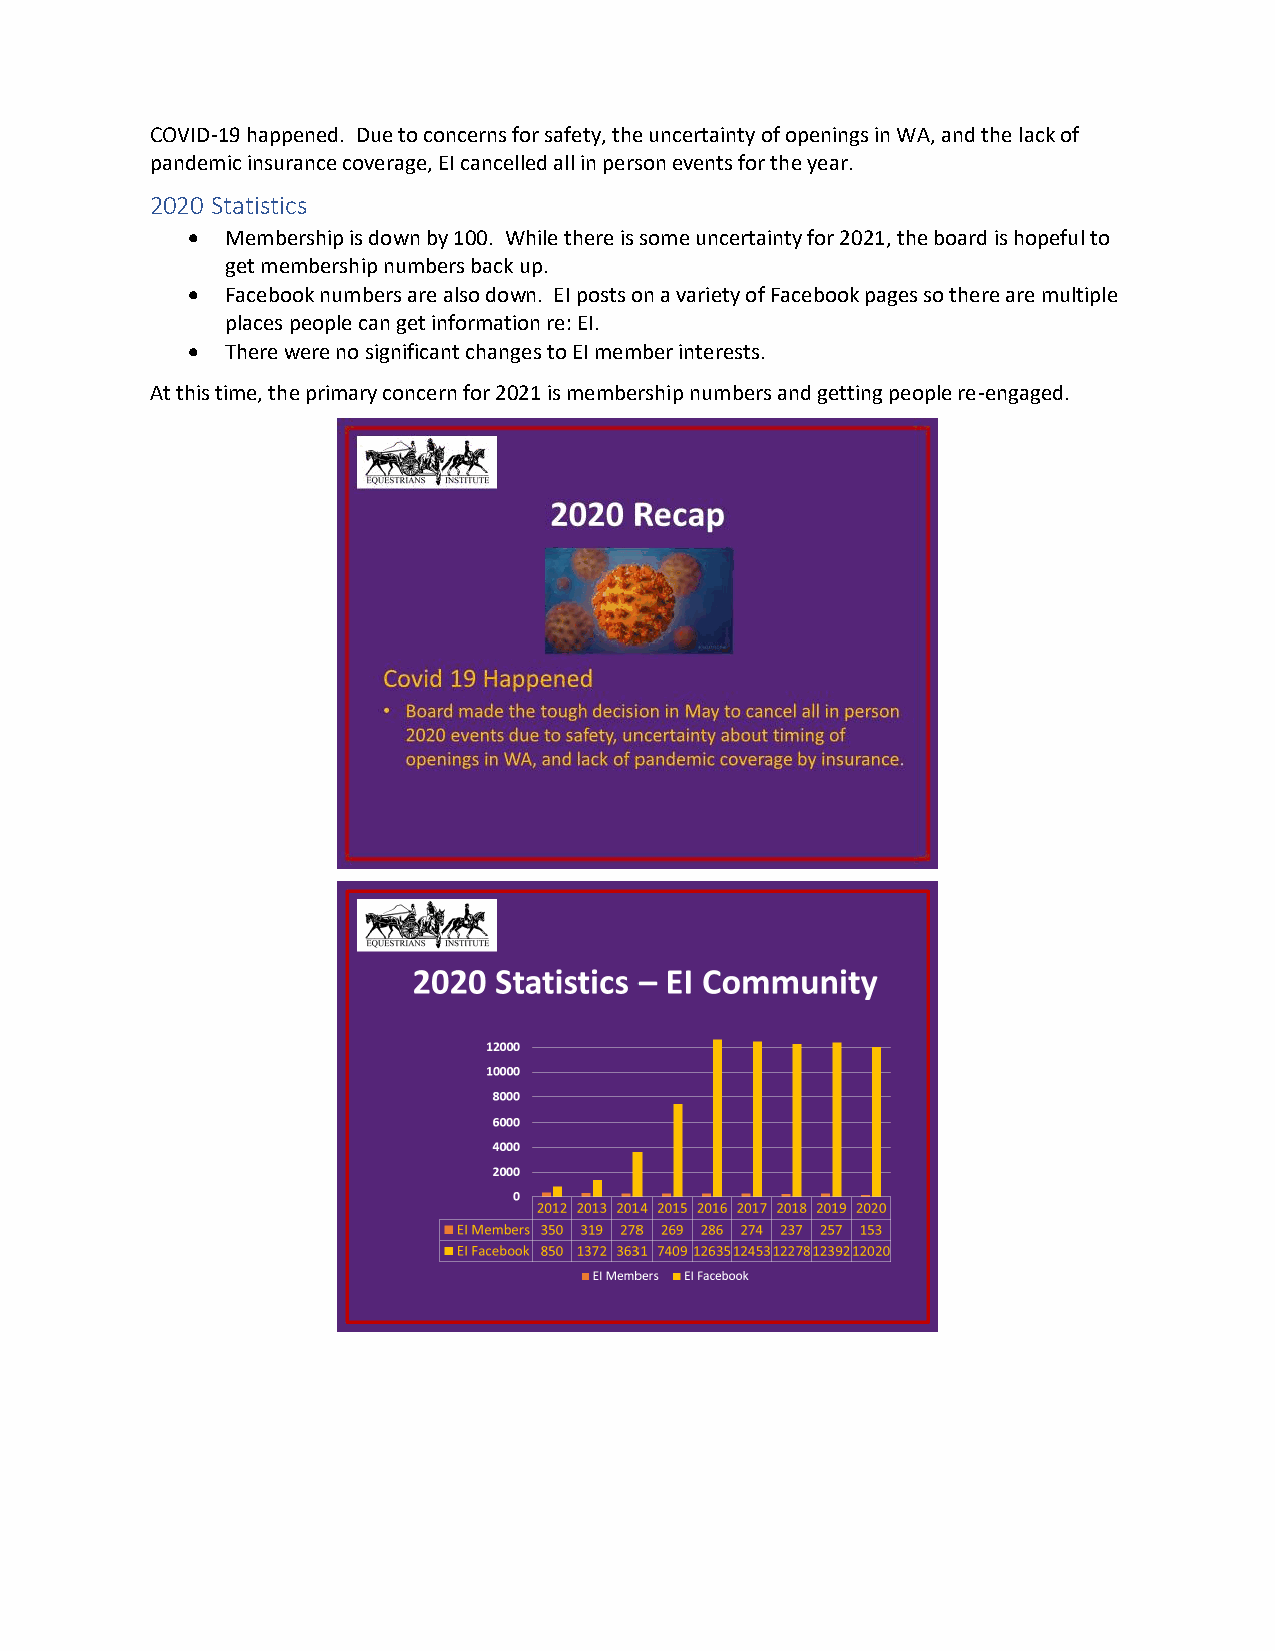
COVID-19 happened. Due to concerns for safety, the uncertainty of openings in WA, and the lack of
 pandemic insurance coverage, EI cancelled all in person events for the year.
 2020 Statistics
 •  Membership is down by 100. While there is some uncertainty for 2021, the board is hopeful to
 get membership numbers back up.
 •  Facebook numbers are also down. EI posts on a variety of Facebook pages so there are multiple
 places people can get information re: EI.
 •  There were no significant changes to EI member interests.
 At this time, the primary concern for 2021 is membership numbers and getting people re-engaged.